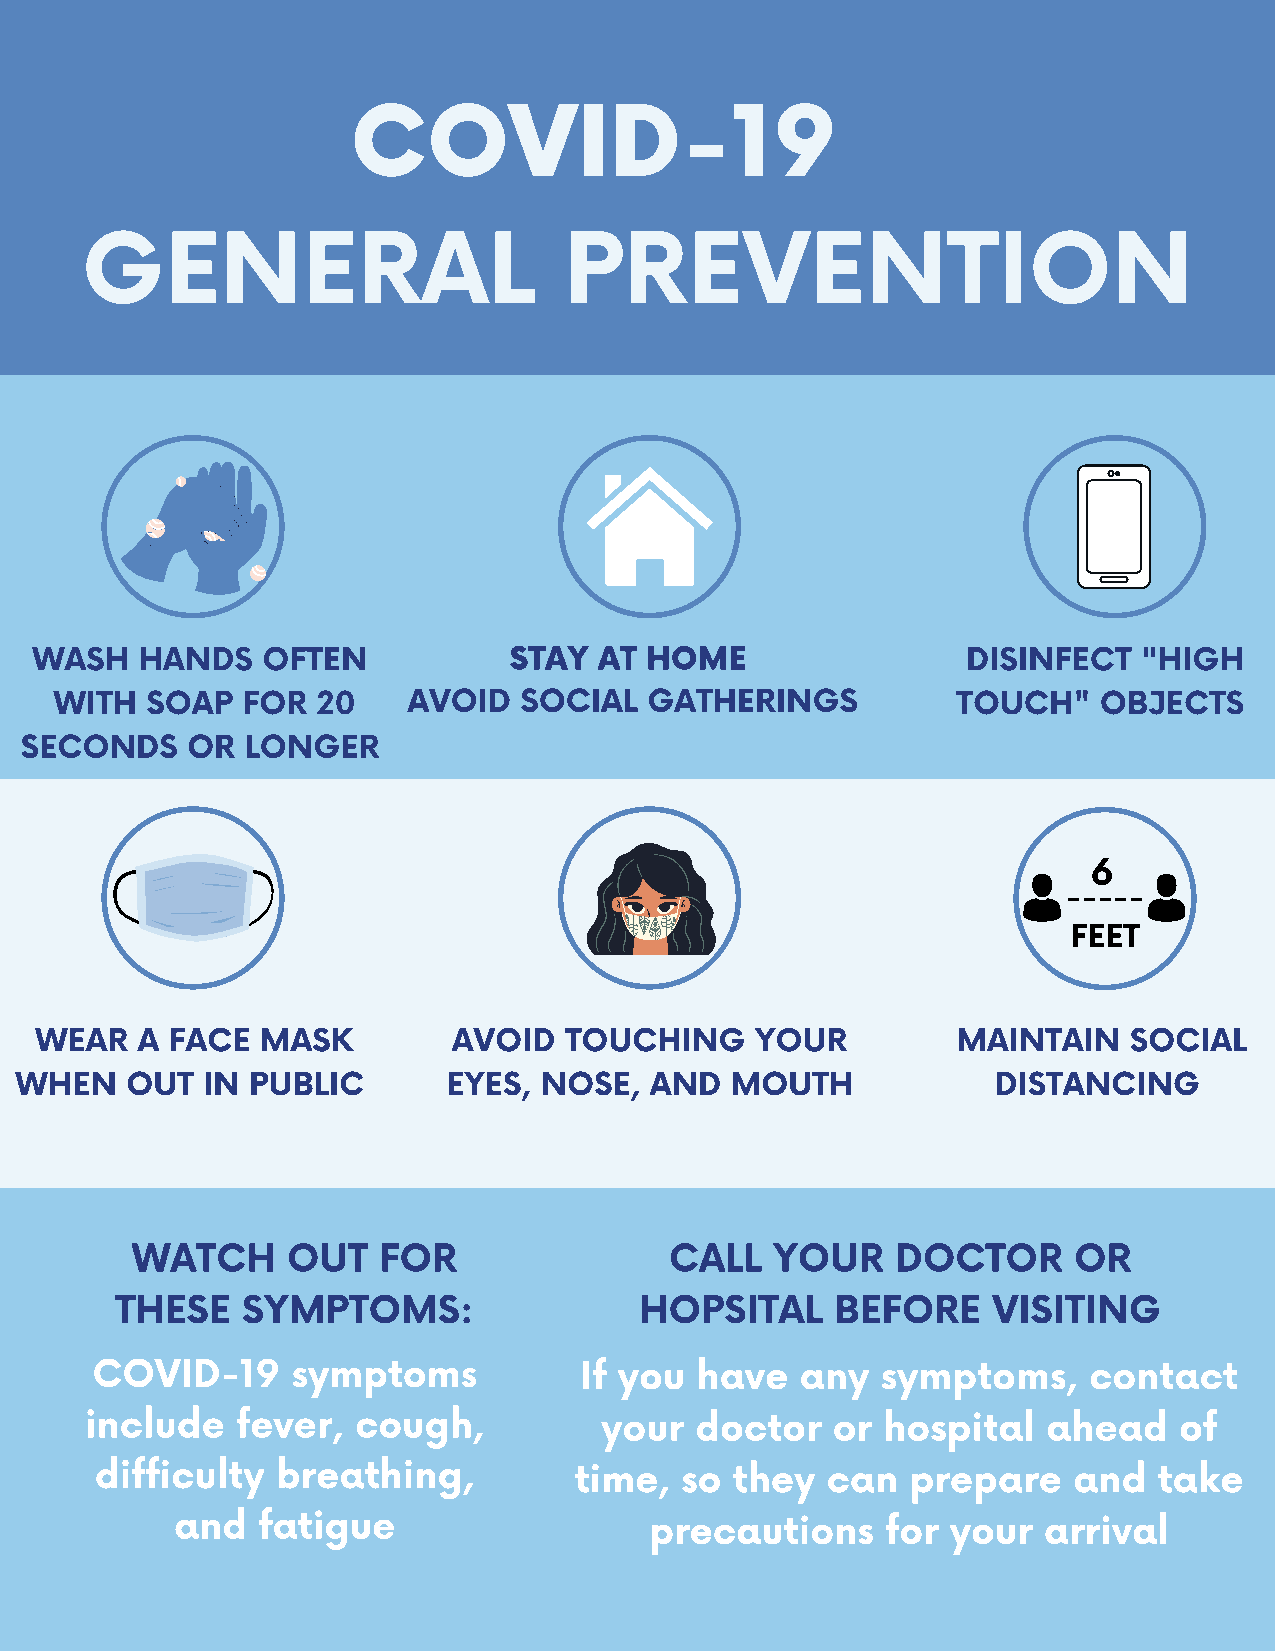
COVID-19
 GENERAL                         PREVENTION
 WASH   HANDS   OFTEN            STAY  AT HOME                 DISINFECT   "HIGH
 WITH  SOAP  FOR  20    AVOID  SOCIAL   GATHERINGS          TOUCH"    OBJECTS
 SECONDS    OR  LONGER
 6
 -----
 FEET
 WEAR   A FACE  MASK         AVOID  TOUCHING     YOUR         MAINTAIN    SOCIAL
 WHEN   OUT  IN PUBLIC        EYES, NOSE,  AND  MOUTH             DISTANCING
 WATCH     OUT   FOR                CALL   YOUR    DOCTOR      OR
 THESE   SYMPTOMS:                 HOPSITAL     BEFORE     VISITING
 COVID-19     symptoms           If you  have   any  symptoms,     contact
 include   fever,  cough,          your  doctor   or hospital   ahead    of
 difficulty  breathing,          time,  so  they  can  prepare    and   take
 and  fatigue                   precautions     for your  arrival